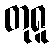
တုရူ